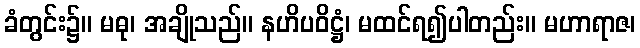
ခံတွင်း၌။ မဓု၊ အချိုသည်။ နဟိပဝိဋ္ဌံ၊ မထင်ရ၍ပါတည်း။ မဟာရာဇ၊